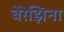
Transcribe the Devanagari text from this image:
बेरेझिना